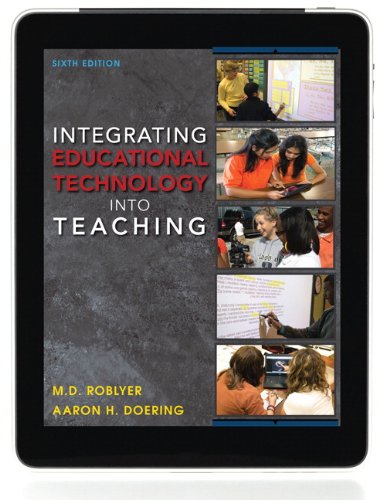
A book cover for Integrating Educational Technology into Teaching (6th Edition); M. D. Roblyer; Education & Teaching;